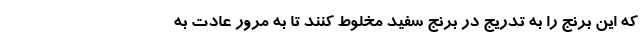
که این برنج را به تدریج در برنج سفید مخلوط کنند تا به مرور عادت به